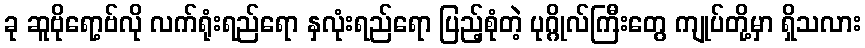
ခု ဆူဗိုရော့ဗ်လို လက်ရုံးရည်ရော နှလုံးရည်ရော ပြည့်စုံတဲ့ ပုဂ္ဂိုလ်ကြီးတွေ ကျုပ်တို့မှာ ရှိသလား